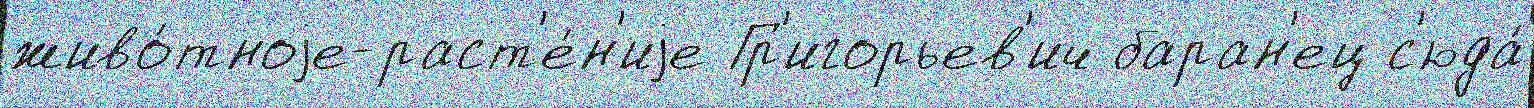
живо́тноjе-раст'е́н'иjе Гр'игорьев'ич баран'ец с'юда́